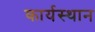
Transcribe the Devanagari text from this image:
कार्यस्‍थान